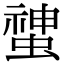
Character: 䗝